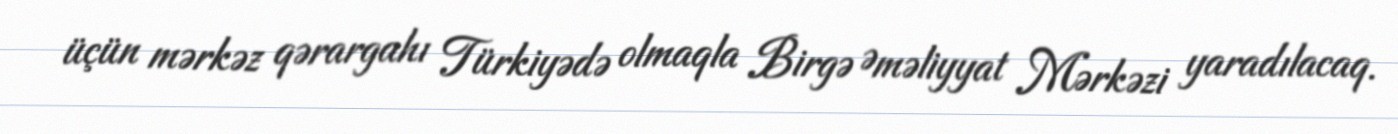
üçün mərkəz qərargahı Türkiyədə olmaqla Birgə Əməliyyat Mərkəzi yaradılacaq.